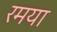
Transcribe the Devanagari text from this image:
रमया